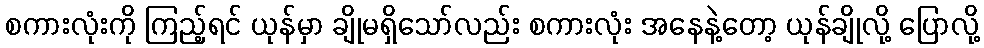
စကားလုံးကို ကြည့်ရင် ယုန်မှာ ချိုမရှိသော်လည်း စကားလုံး အနေနဲ့တော့ ယုန်ချိုလို့ ပြောလို့